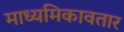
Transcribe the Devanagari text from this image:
माध्यमिकावतार